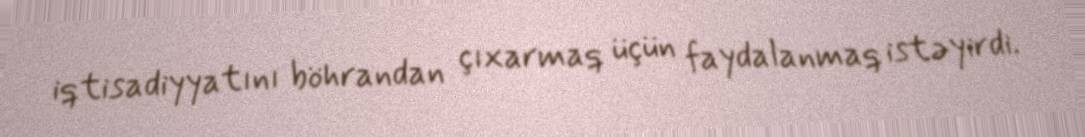
iqtisadiyyatını böhrandan çıxarmaq üçün faydalanmaq istəyirdi.